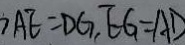
> A E = D G , E G = A D